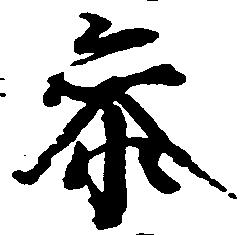
参